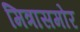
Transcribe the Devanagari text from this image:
मित्रासमोर